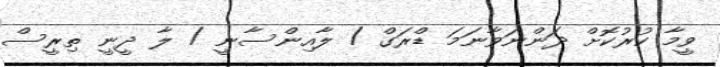
ވީމާ ކުރުކޮށް ދަންނަވާނަމަ ޑްރަގް / ލާއިންސާނީ / ލާ ދީނީ ތިރީސް